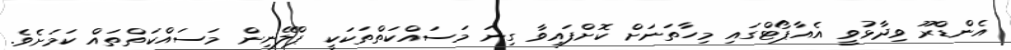
އެންޑްރޫ ވިދާޅުވީ އެއާޕޯޓްގައި މިހާތަނަށް ކޮށްފައިވާ ގިނަ މަސައްކަތްތަކަކީ ޕްލޭނިން މަސައްކަތްތައް ކަމަށެވެ.